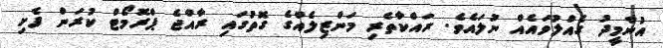
އުންމީދު ގެއްލުވައެއް ނުލައެވެ. ރައްކާތެރި މަންޒިލެއްގެ ގޮތުގައި ރާއްޖެ ޕްރޮމޯޓް ކުރަން ފެށި